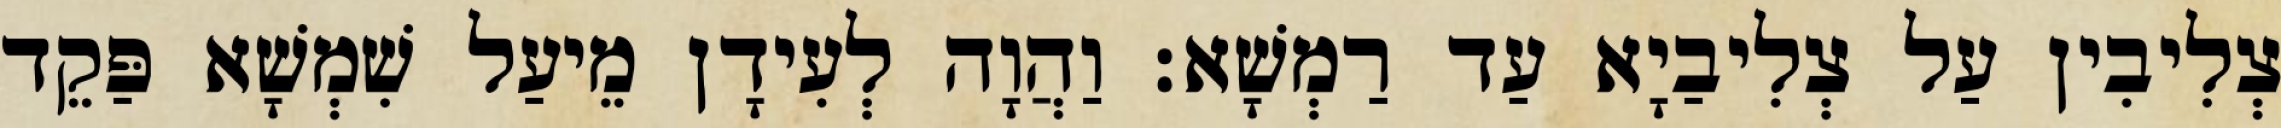
צְלִיבִין עַל צְלִיבַיָא עַד רַמְשָׁא׃ וַהֲוָה לְעִידָן מֵיעַל שִׁמְשָׁא פַּקֵד